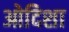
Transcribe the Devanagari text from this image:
ओदिशा